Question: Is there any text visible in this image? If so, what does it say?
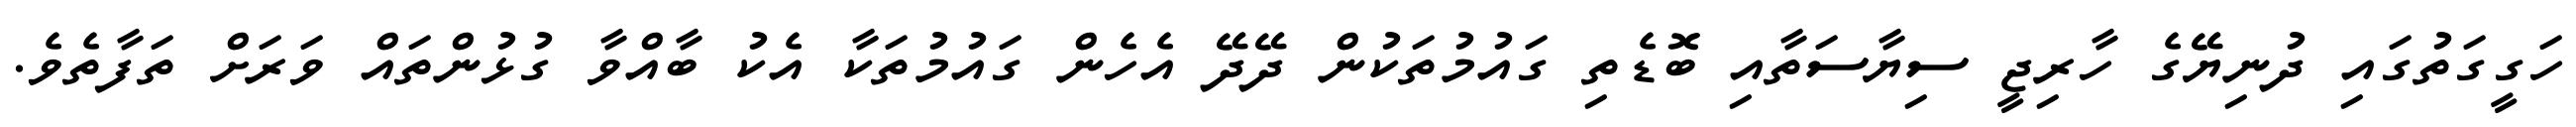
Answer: ހަގީގަތުގައި ދުނިޔޭގެ ހާރިޖީ ސިޔާސަތާއި ބޮޑެތި ގައުމުތަކުން ދޭދޭ އެހެން ގައުމުތަކާ އެކު ބާއްވާ ގުޅުންތައް ވަރަށް ތަފާތެވެ.